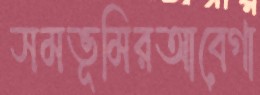
সমভূমিরআবেগা